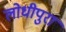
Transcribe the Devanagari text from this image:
लोधीपुरा